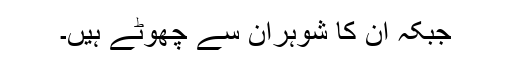
جبکہ ان کا شوہران سے چھوٹے ہیں۔